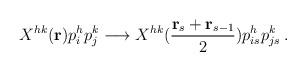
LaTeX: \begin{align*}X^{hk}({\bf r}) p_i^h p_j^k \longrightarrow X^{hk}({{\bf r}_s + {\bf r}_{s-1} \over2}) p_{is}^h p_{js}^k \> .\end{align*}